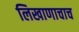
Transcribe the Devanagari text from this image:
लिखाणाचाच